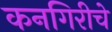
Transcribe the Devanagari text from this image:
कनगिरीचे